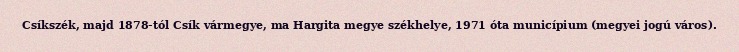
Csíkszék, majd 1878-tól Csík vármegye, ma Hargita megye székhelye, 1971 óta municípium (megyei jogú város).